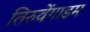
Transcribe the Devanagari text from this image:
तिरुवेंगाडम